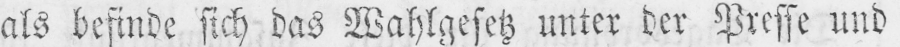
als befinde sich das Wahlgesetz unter der Presse und